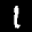
Label: 1